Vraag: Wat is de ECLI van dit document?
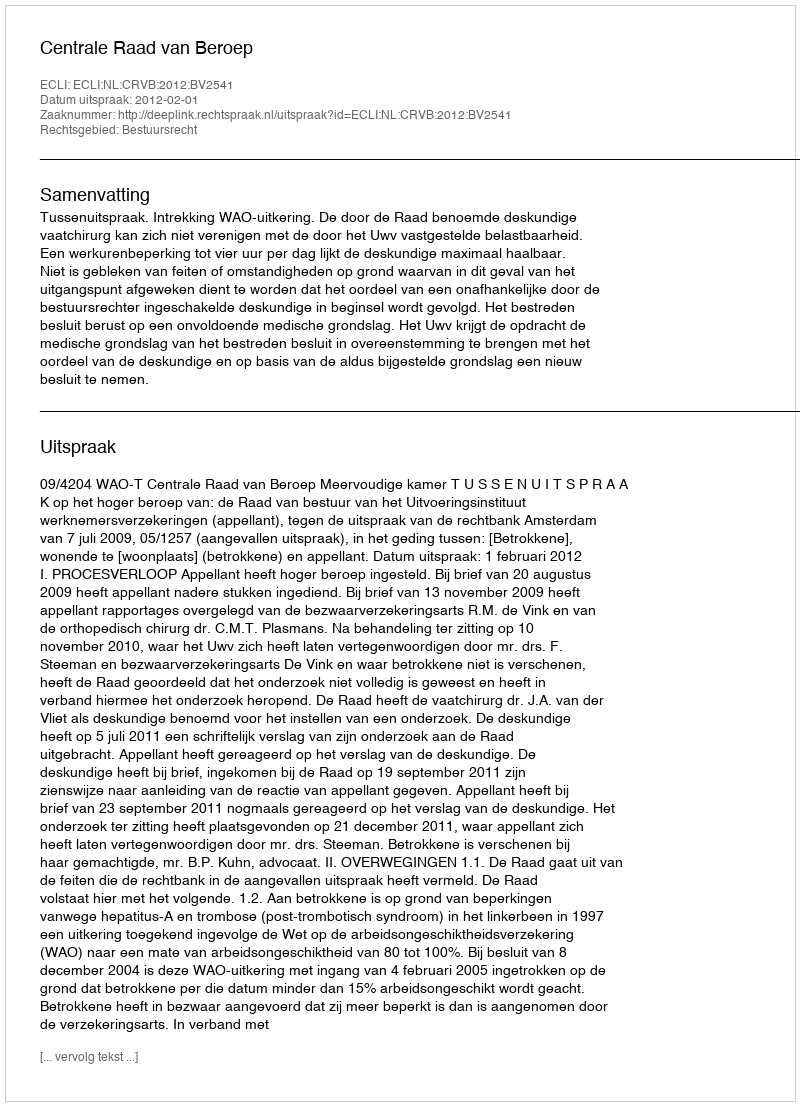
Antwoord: ECLI:NL:CRVB:2012:BV2541